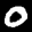
Label: 0